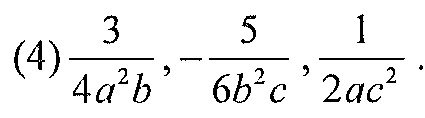
(4) $\frac{3}{4a^{2}b},-\frac{5}{6b^{2}c},\frac{1}{2ac^{2}}$.